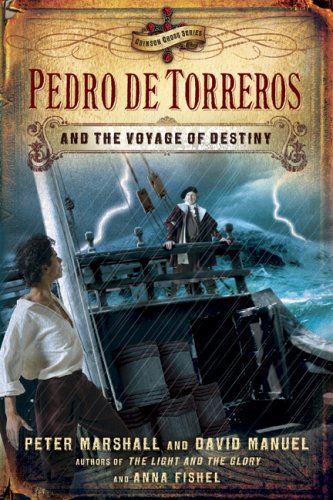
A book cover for Pedro de Torreros and the Voyage of Destiny (Crimson Cross Adventure); Peter Marshall; Teen & Young Adult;